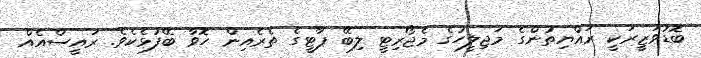
ބޮޑުވަޒީރަކީ ރައްޔިތުންގެ މަޖިލީހުގެ މެޖޯރިޓީ ލިބޭ ޕާޓީގެ ތެރެއިން ހޮވާ ބޭފުޅެކެވެ. ރައީސްއެއް